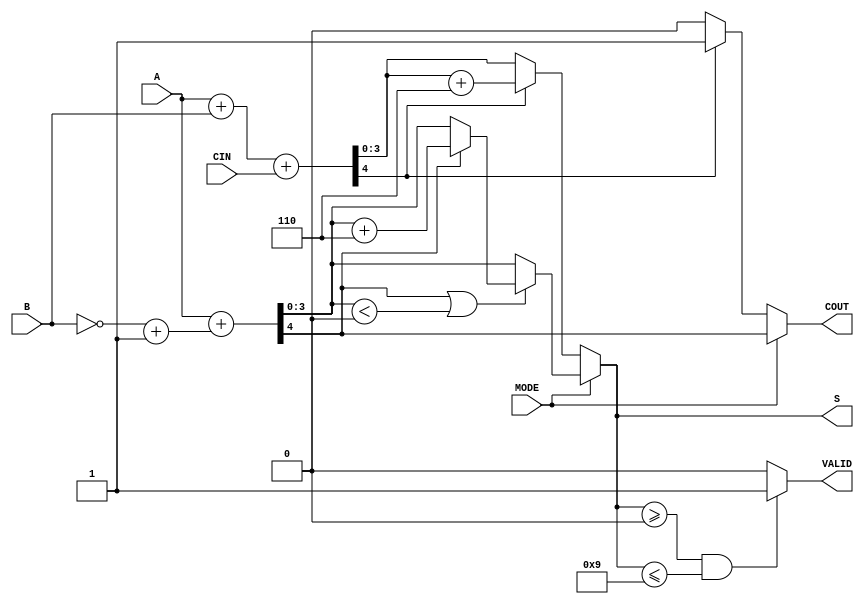
module BCD_Add_Subtracter (
    input [3:0] A,       // First BCD digit
    input [3:0] B,       // Second BCD digit
    input MODE,          // Control signal (0: Addition, 1: Subtraction)
    input CIN,           // Carry-in for addition
    output reg [3:0] S,  // Resulting BCD digit
    output reg COUT,     // Carry-out for addition
    output reg VALID     // Indicates if the output is a valid BCD digit
);

    wire [4:0] sum;          // 5-bit sum for addition
    wire [4:0] sub_sum;      // 5-bit sum for subtraction (A + (-B))
    wire [4:0] adjusted_sum; // Adjusted sum for BCD correction
    wire [4:0] adjusted_sub; // Adjusted result for subtraction
    wire overflow_add;       // Overflow flag for addition
    wire negative_sub;       // Negative flag for subtraction

    // Binary addition
    assign sum = A + B + CIN;
    assign overflow_add = sum[4]; // Overflow if 5th bit is set

    // Adjust for BCD addition if overflow occurs
    assign adjusted_sum = sum + 5'b00110; // Add 6 (0110) for BCD correction

    // BCD Subtraction (A - B) => A + (~B + 1)
    wire [3:0] B_complement = ~B + 4'b0001; // 2's complement of B
    assign sub_sum = A + B_complement; // A + (~B + 1)
    assign negative_sub = sub_sum[4]; // Negative if 5th bit is set

    // Adjust for BCD subtraction if result is negative or less than 0
    assign adjusted_sub = negative_sub ? sub_sum + 5'b00110 : sub_sum; // Add 6 if negative

    always @(*) begin
        if (MODE == 1'b0) begin // Addition mode
            if (overflow_add) begin
                S = adjusted_sum[3:0]; // Use adjusted sum if overflow
                COUT = 1;               // Set carry-out
            end else begin
                S = sum[3:0];           // Use direct sum
                COUT = 0;               // No carry-out
            end
        end else begin // Subtraction mode
            if (negative_sub || (sub_sum[3:0] < 4'b0000)) begin
                S = adjusted_sub[3:0]; // Use adjusted result for negative
            end else begin
                S = sub_sum[3:0];       // Use direct result
            end
            COUT = negative_sub; // Set carry-out if negative
        end

        // Validity check for BCD
        VALID = (S >= 4'b0000 && S <= 4'b1001) ? 1'b1 : 1'b0; // Check if S is valid BCD
    end

endmodule